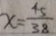
x = \frac { 4 5 } { 3 8 }